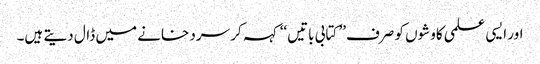
اور ایسی علمی کاوشوں کو صرف’’ کتابی باتیں‘‘ کہہ کر سرد خانے میں ڈال دیتے ہیں۔